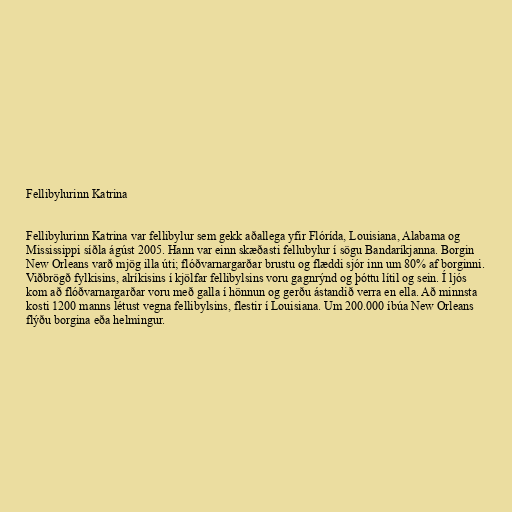
Fellibylurinn Katrina

Fellibylurinn Katrina var fellibylur sem gekk aðallega yfir Flórída, Louisiana, Alabama og
Mississippi síðla ágúst 2005. Hann var einn skæðasti fellubylur í sögu Bandaríkjanna. Borgin
New Orleans varð mjög illa úti; flóðvarnargarðar brustu og flæddi sjór inn um 80% af borginni.
Viðbrögð fylkisins, alríkisins í kjölfar fellibylsins voru gagnrýnd og þóttu lítil og sein. Í ljós
kom að flóðvarnargarðar voru með galla í hönnun og gerðu ástandið verra en ella. Að minnsta
kosti 1200 manns létust vegna fellibylsins, flestir í Louisiana. Um 200.000 íbúa New Orleans
flýðu borgina eða helmingur.